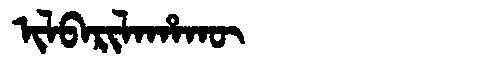
Manchu: ᡳᠯᠪᠠᡵᡳᠯᠠᡥᠠᡴᡡ
Romanization: ILBARILAHAKŪ